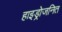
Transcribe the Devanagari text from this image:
हाइड्रोजनित